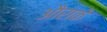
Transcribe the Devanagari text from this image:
औराके